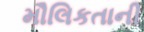
મૌલિકતાની